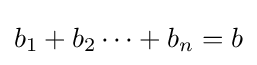
b_{1}+b_{2}\cdots +b_{n}=b